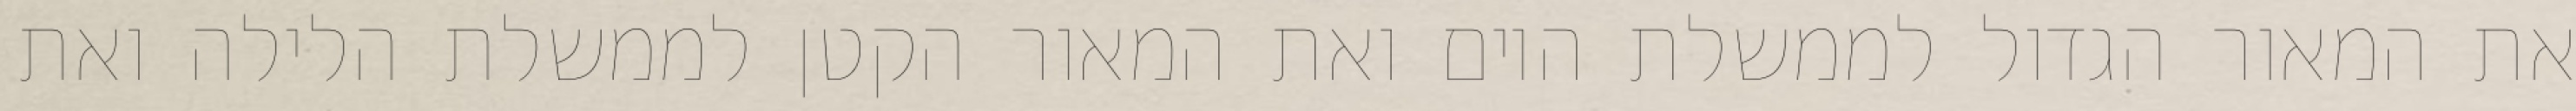
את המאור הגדול לממשלת היום ואת המאור הקטן לממשלת הלילה ואת